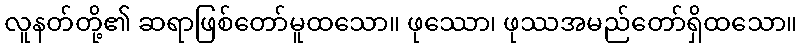
လူနတ်တို့၏ ဆရာဖြစ်တော်မူထသော။ ဖုဿော၊ ဖုဿအမည်တော်ရှိထသော။